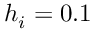
h _ { i } = 0 . 1